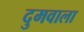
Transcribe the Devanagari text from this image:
दुमवाला